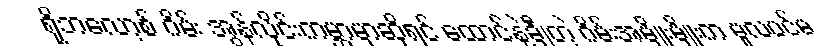
ရိုဘလော့စ် ဂိမ်း အွန်လိုင်းကမ္ဘာမှာဆိုရင် ထောင်နဲ့ချီတဲ့ ဂိမ်းအမျိုးမျိုးက မူလပင်မ